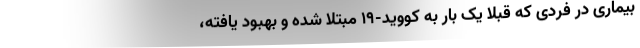
بیماری در فردی که قبلا یک بار به کووید-۱۹ مبتلا شده و بهبود یافته،